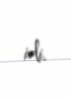
idi.